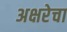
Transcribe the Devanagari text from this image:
अक्षरेचा